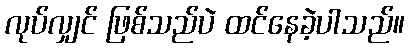
လုပ်လျှင် ဖြစ်သည်ပဲ ထင်နေခဲ့ပါသည်။